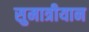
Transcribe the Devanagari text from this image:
सुमात्रीयान